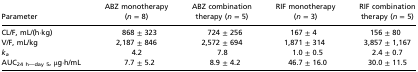
<table><thead><tr><td><b>Parameter</b></td><td><b>ABZ monotherapy (<i>n</i> = 8)</b></td><td><b>ABZ combination therapy (<i>n</i> = 5)</b></td><td><b>RIF monotherapy (<i>n</i> = 3)</b></td><td><b>RIF combination therapy (<i>n</i> = 5)</b></td></tr></thead><tbody><tr><td>CL/F, mL/(h⋅kg)</td><td>868 ± 323</td><td>724 ± 256</td><td>167 ± 4</td><td>156 ± 80</td></tr><tr><td>V/F, mL/kg</td><td>2,187 ± 846</td><td>2,572 ± 694</td><td>1,871 ± 314</td><td>3,857 ± 1,167</td></tr><tr><td><i>k</i><sub><i>a</i></sub></td><td>4.2</td><td>7.8</td><td>1.0 ± 0.5</td><td>2.4 ± 0.7</td></tr><tr><td>AUC<sub>24</sub><sub>h—day</sub><sub>5</sub>, μg⋅h/mL</td><td>7.7 ± 5.2</td><td>8.9 ± 4.2</td><td>46.7 ± 16.0</td><td>30.0 ± 11.5</td></tr></tbody></table>